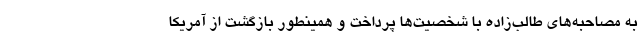
به مصاحبه‌های طالب‌زاده با شخصیت‌ها پرداخت و همینطور بازگشت از آمریکا